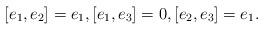
LaTeX: \begin{align*} [e_1, e_2] = e_1,[e_1,e_3] = 0,[e_2,e_3] = e_1.\end{align*}